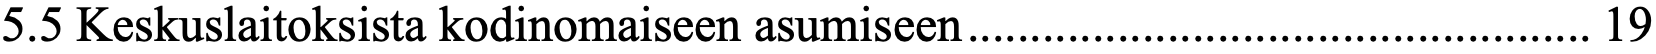
5.5 Keskuslaitoksista kodinomaiseen asumiseen .................................................. 19